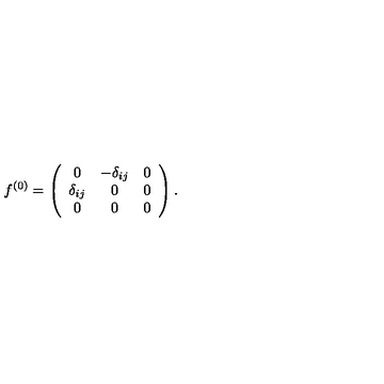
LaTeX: f ^ { ( 0 ) } = \left( \begin{array} { c c c } { 0 } & { - \delta _ { i j } } & { 0 } \\ { \delta _ { i j } } & { 0 } & { 0 } \\ { 0 } & { 0 } & { 0 } \\ \end{array} \right) .